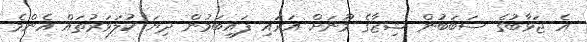
އެ ޖަވާބުގެ ސަބަބުން ޝިޒާގެ މޫނަށް އަރައި ފައިބަމުން ދިޔަ ކުލަވަރުތައް އެންމެ